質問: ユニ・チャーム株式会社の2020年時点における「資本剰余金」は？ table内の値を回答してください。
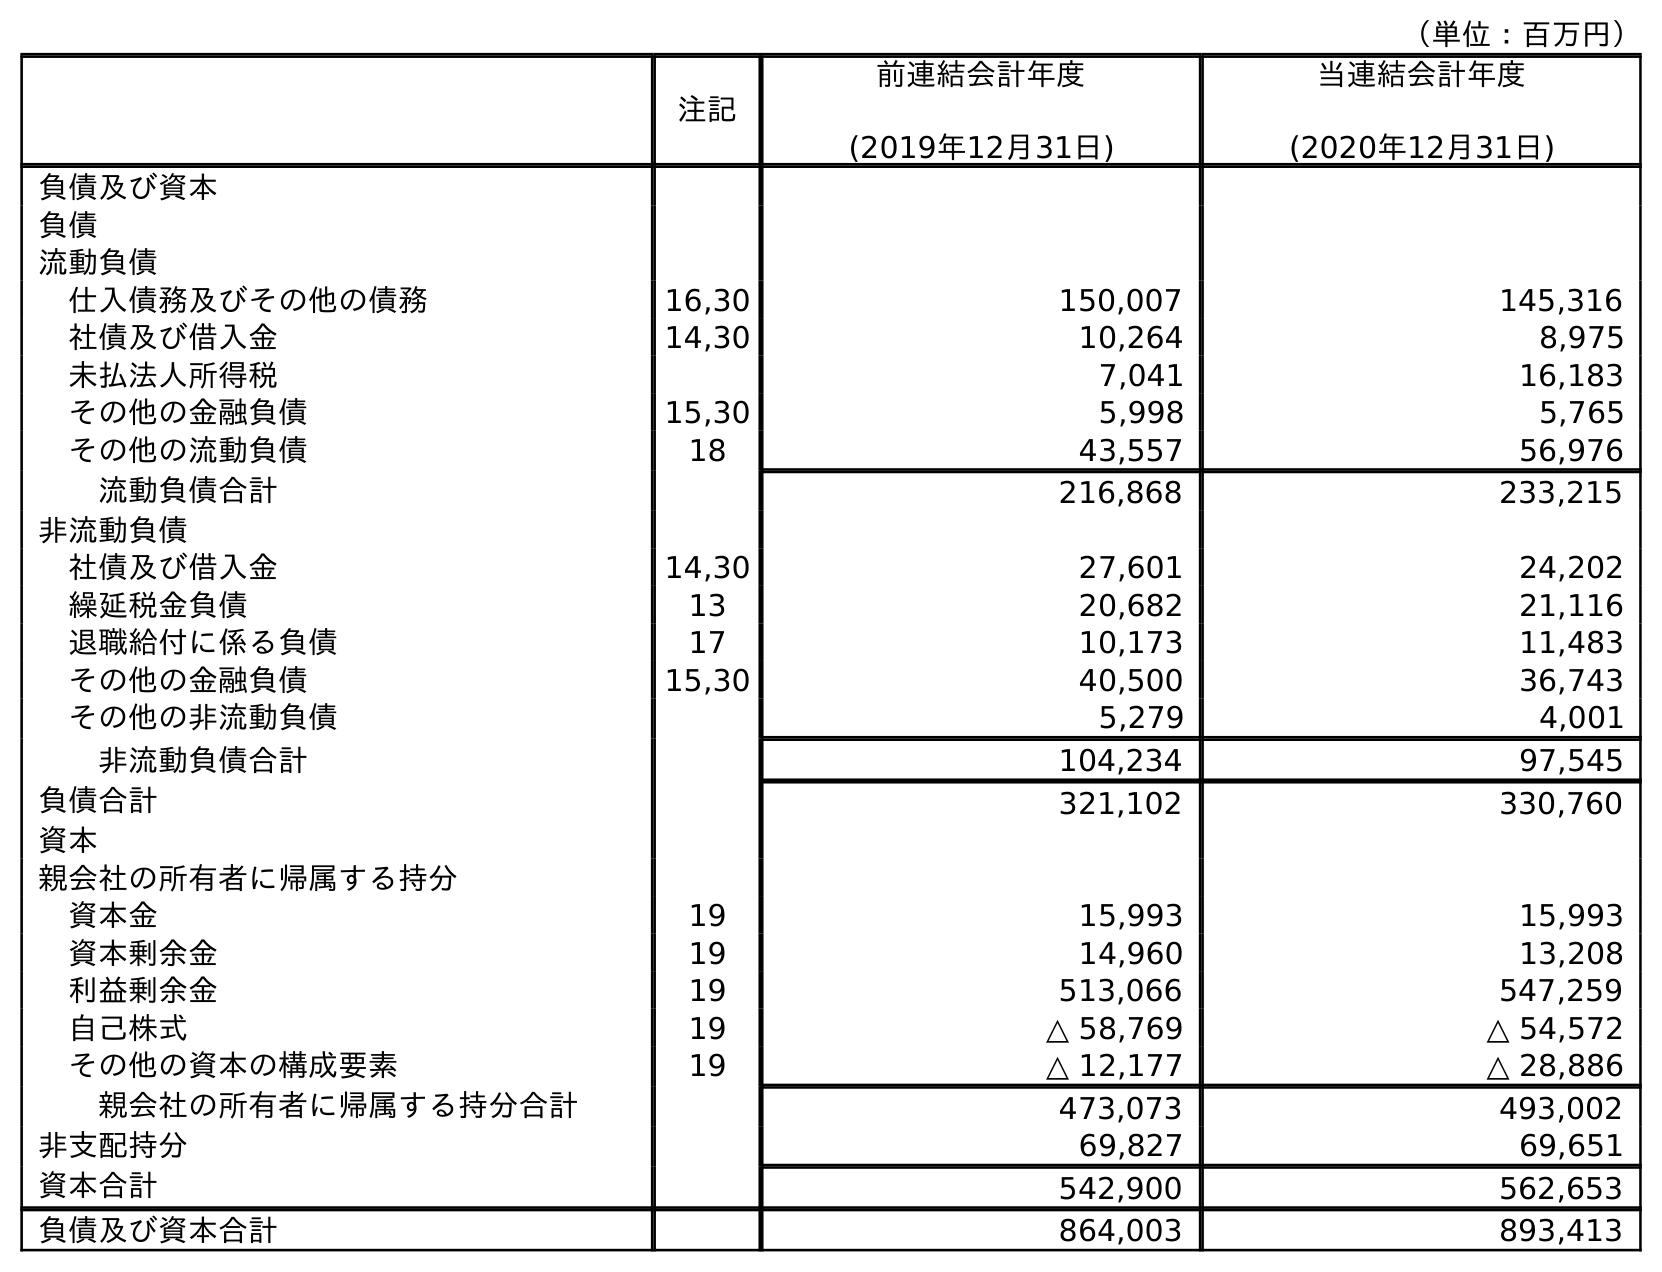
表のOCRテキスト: （単位：百万円） 注記 前連結会計年度 (2019年12月31日) 当連結会計年度 (2020年12月31日) 負債及び資本 負債 流動負債 仕入債務及びその他の債務 16,30 150,007 145,316 社債及び借入金 14,30 10,264 8,975 未払法人所得税 7,041 16,183 その他の金融負債 15,30 5,998 5,765 その他の流動負債 18 43,557 56,976 流動負債合計 216,868 233,215 非流動負債 社債及び借入金 14,30 27,601 24,202 繰延税金負債 13 20,682 21,116 退職給付に係る負債 17 10,173 11,483 その他の金融負債 15,30 40,500 36,743 その他の非流動負債 5,279 4,001 非流動負債合計 104,234 97,545 負債合計 321,102 330,760 資本 親会社の所有者に帰属する持分 資本金 19 15,993 15,993 資本剰余金 19 14,960 13,208 利益剰余金 19 513,066 547,259 自己株式 19 △ 58,769 △ 54,572 その他の資本の構成要素 19 △ 12,177 △ 28,886 親会社の所有者に帰属する持分合計 473,073 493,002 非支配持分 69,827 69,651 資本合計 542,900 562,653 負債及び資本合計 864,003 893,413
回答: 13,208